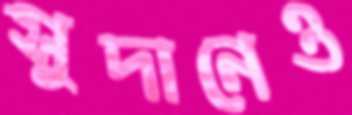
সুদানেও